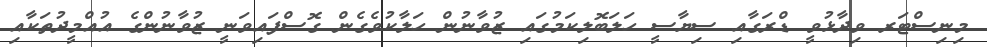
މިނިސްޓަރ ވިދާޅުވީ ޑްރަގާއި ސިޔާސީ ހަލަބޮލިކަމުގައި ޒުވާނުން ހަލާކުވެގެން ގޮސްފައިވަނީ ޒުވާނުންގެ އުއްމީދުތަކާއި